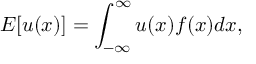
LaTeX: E [ u ( x ) ] = \int _ { - \infty } ^ { \infty } u ( x ) f ( x ) d x ,